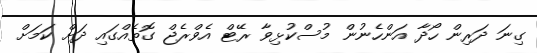
ގިނަ ދަރިން ހޯދާ އަންހެނުން މުސްކުޅިވާ ރޭޓް އެވްރެޖް ގޮތެއްގައި ދަށް ކަމަށް